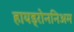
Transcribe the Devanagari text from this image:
हायड्रोननिअम